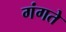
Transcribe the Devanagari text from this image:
गंगते